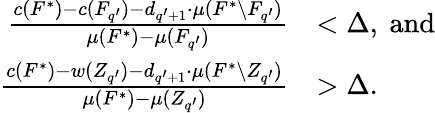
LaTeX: \begin{array}{rl}{\frac{c(F^{*})-c(F_{q^{\prime}})-d_{q^{\prime}+1}\cdot\mu(F^{*}\setminus F_{q^{\prime}})}{\mu(F^{*})-\mu(F_{q^{\prime}})}}&{<\Delta,\ \mathrm{and}}\\ {\frac{c(F^{*})-w(Z_{q^{\prime}})-d_{q^{\prime}+1}\cdot\mu(F^{*}\setminus Z_{q^{\prime}})}{\mu(F^{*})-\mu(Z_{q^{\prime}})}}&{>\Delta.}\end{array}